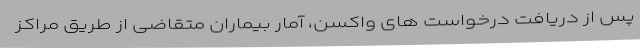
پس از دریافت درخواست های واکسن، آمار بیماران متقاضی از طریق مراکز